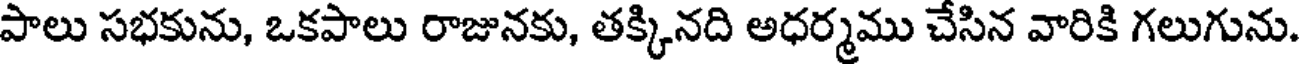
పాలు సభకును, ఒకపాలు రాజునకు, తక్కినది అధర్మము చేసిన వారికి గలుగును.